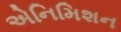
એનિમિશન